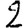
Digit: 2